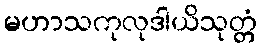
မဟာသကုလုဒါယိသုတ္တံ